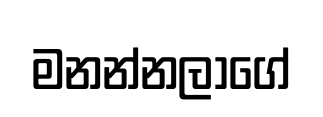
මනන්නලාගේ